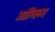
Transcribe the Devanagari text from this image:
ऑकर